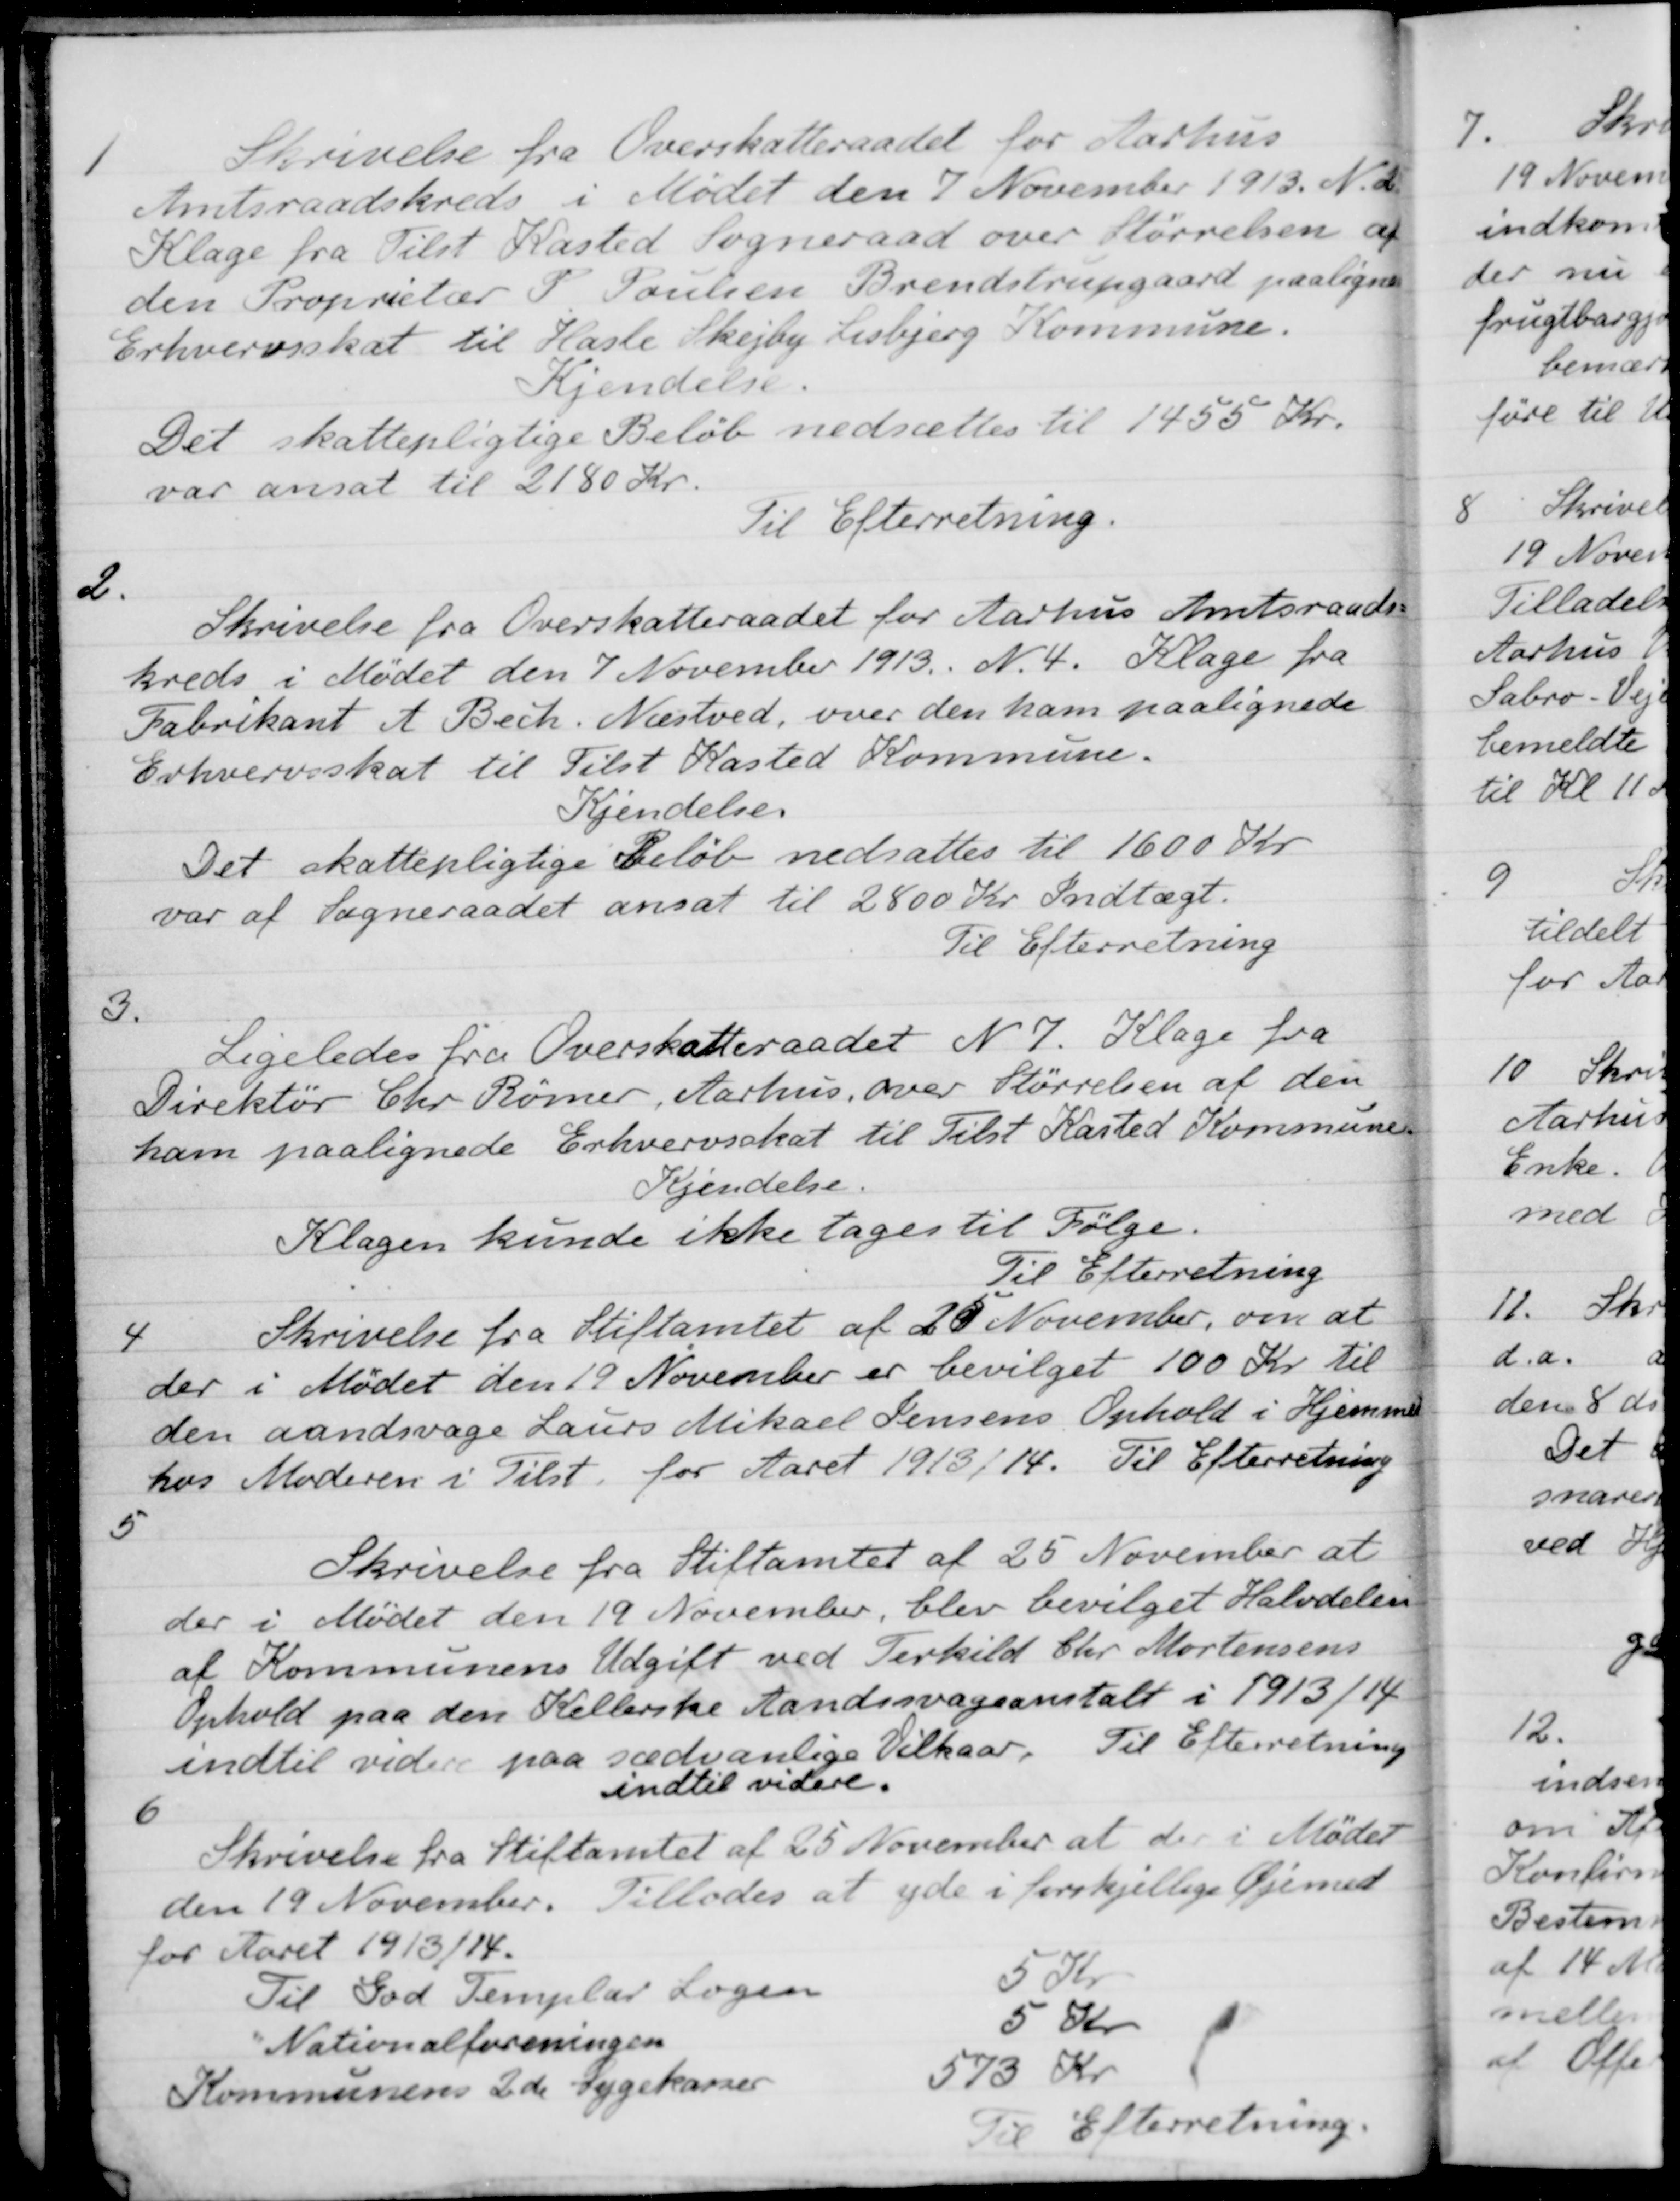
Transskription:
1
Skrivelse fra Overskatteraadet for Aarhus
Amtsraadskreds i Mødet den 7 November 1913. N. 2
Klage fra Tilst Kasted Sogneraad over Størrelsen af
den Proprietær P. Poulsen Brendstrupgaard paalignet
Erhvervsskat til Hasle Skejby Lisbjerg Kommune.
Kjendelse.
Det skattepligtige Beløb nedsættes til 1455 Kr.
var ansat til 2180 Kr.
Til Efterretning.
2.
Skrivelse fra Overskatteraadet for Aarhus Amtsraads-
kreds i Mødet den 7 November 1913. N. 4. Klage fra
Fabrikant A Bech. Næstved, over den ham paalignede
Erhvervsskat til Tilst Kasted Kommune.
Kjendelse
Det skattepligtige Beløb nedsattes til 1600 Kr.
var af Sogneraadet ansat til 2800 Kr Indtægt.
Til Efterretning
3.
Ligeledes fra Overskatteraadet N. 7. Klage fra
Direktør Chr Rømer, Aarhus, over Størrelsen af den
ham paalignede Erhvervsskat til Tilst Kasted Kommune
Kjendelse.
Klagen kunde ikke tages til Følge.
Til Efterretning
4
Skrivelse fra Stiftamtet af 25 November, om at
der i Mødet den 19 November er bevilget 100 Kr. til
den aandsvage Laurs Mikael Jensens Ophold i Hjemmet
hos Moderen i Tilst for Aaret 1913/14. Til Efterretning
5
Skrivelse fra Stiftamtet af 25 November at
der i Mødet den 19 November, blev bevilget Halvdelen
af Kommunens Udgift ved Terkild Chr. Mortensens
Ophold paa den Kellerske Aandssvageanstalt i 1913/14
indtil videre paa sædvanlige Vilkaar. Til Efterretning
indtil videre.
6
Skrivelse fra Stiftamtet af 25 November at der i Mødet
den 19 November. Tillodes at yde i forskjellige Øjemed
for Aaret 1913/14.
Til God Templar Logen
5 Kr
Nationalforeningen
5 Kr
Kommunens 2de Sygekasser
573 Kr
Til Efterretning.